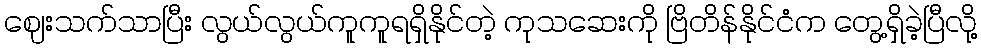
ဈေးသက်သာပြီး လွယ်လွယ်ကူကူရရှိနိုင်တဲ့ ကုသဆေးကို ဗြိတိန်နိုင်ငံက တွေ့ရှိခဲ့ပြီလို့